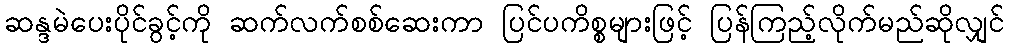
ဆန္ဒမဲပေးပိုင်ခွင့်ကို ဆက်လက်စစ်ဆေးကာ ပြင်ပကိစ္စများဖြင့် ပြန်ကြည့်လိုက်မည်ဆိုလျှင်